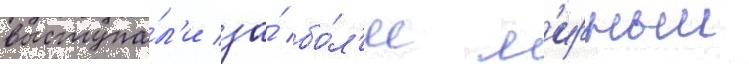
выступа́л'и за́ бо́л'ее м'ирныи